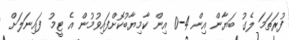
ފުރަތަމަ ލެގު ބަޔާން އިން 4-0 އިން ކާމިޔާބުކޮށްފައިވުމުން އެ ޓީމު ފައިނަލަށް